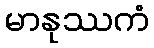
မာနုဿကံ